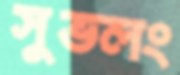
সুভলং